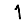
Digit: 1